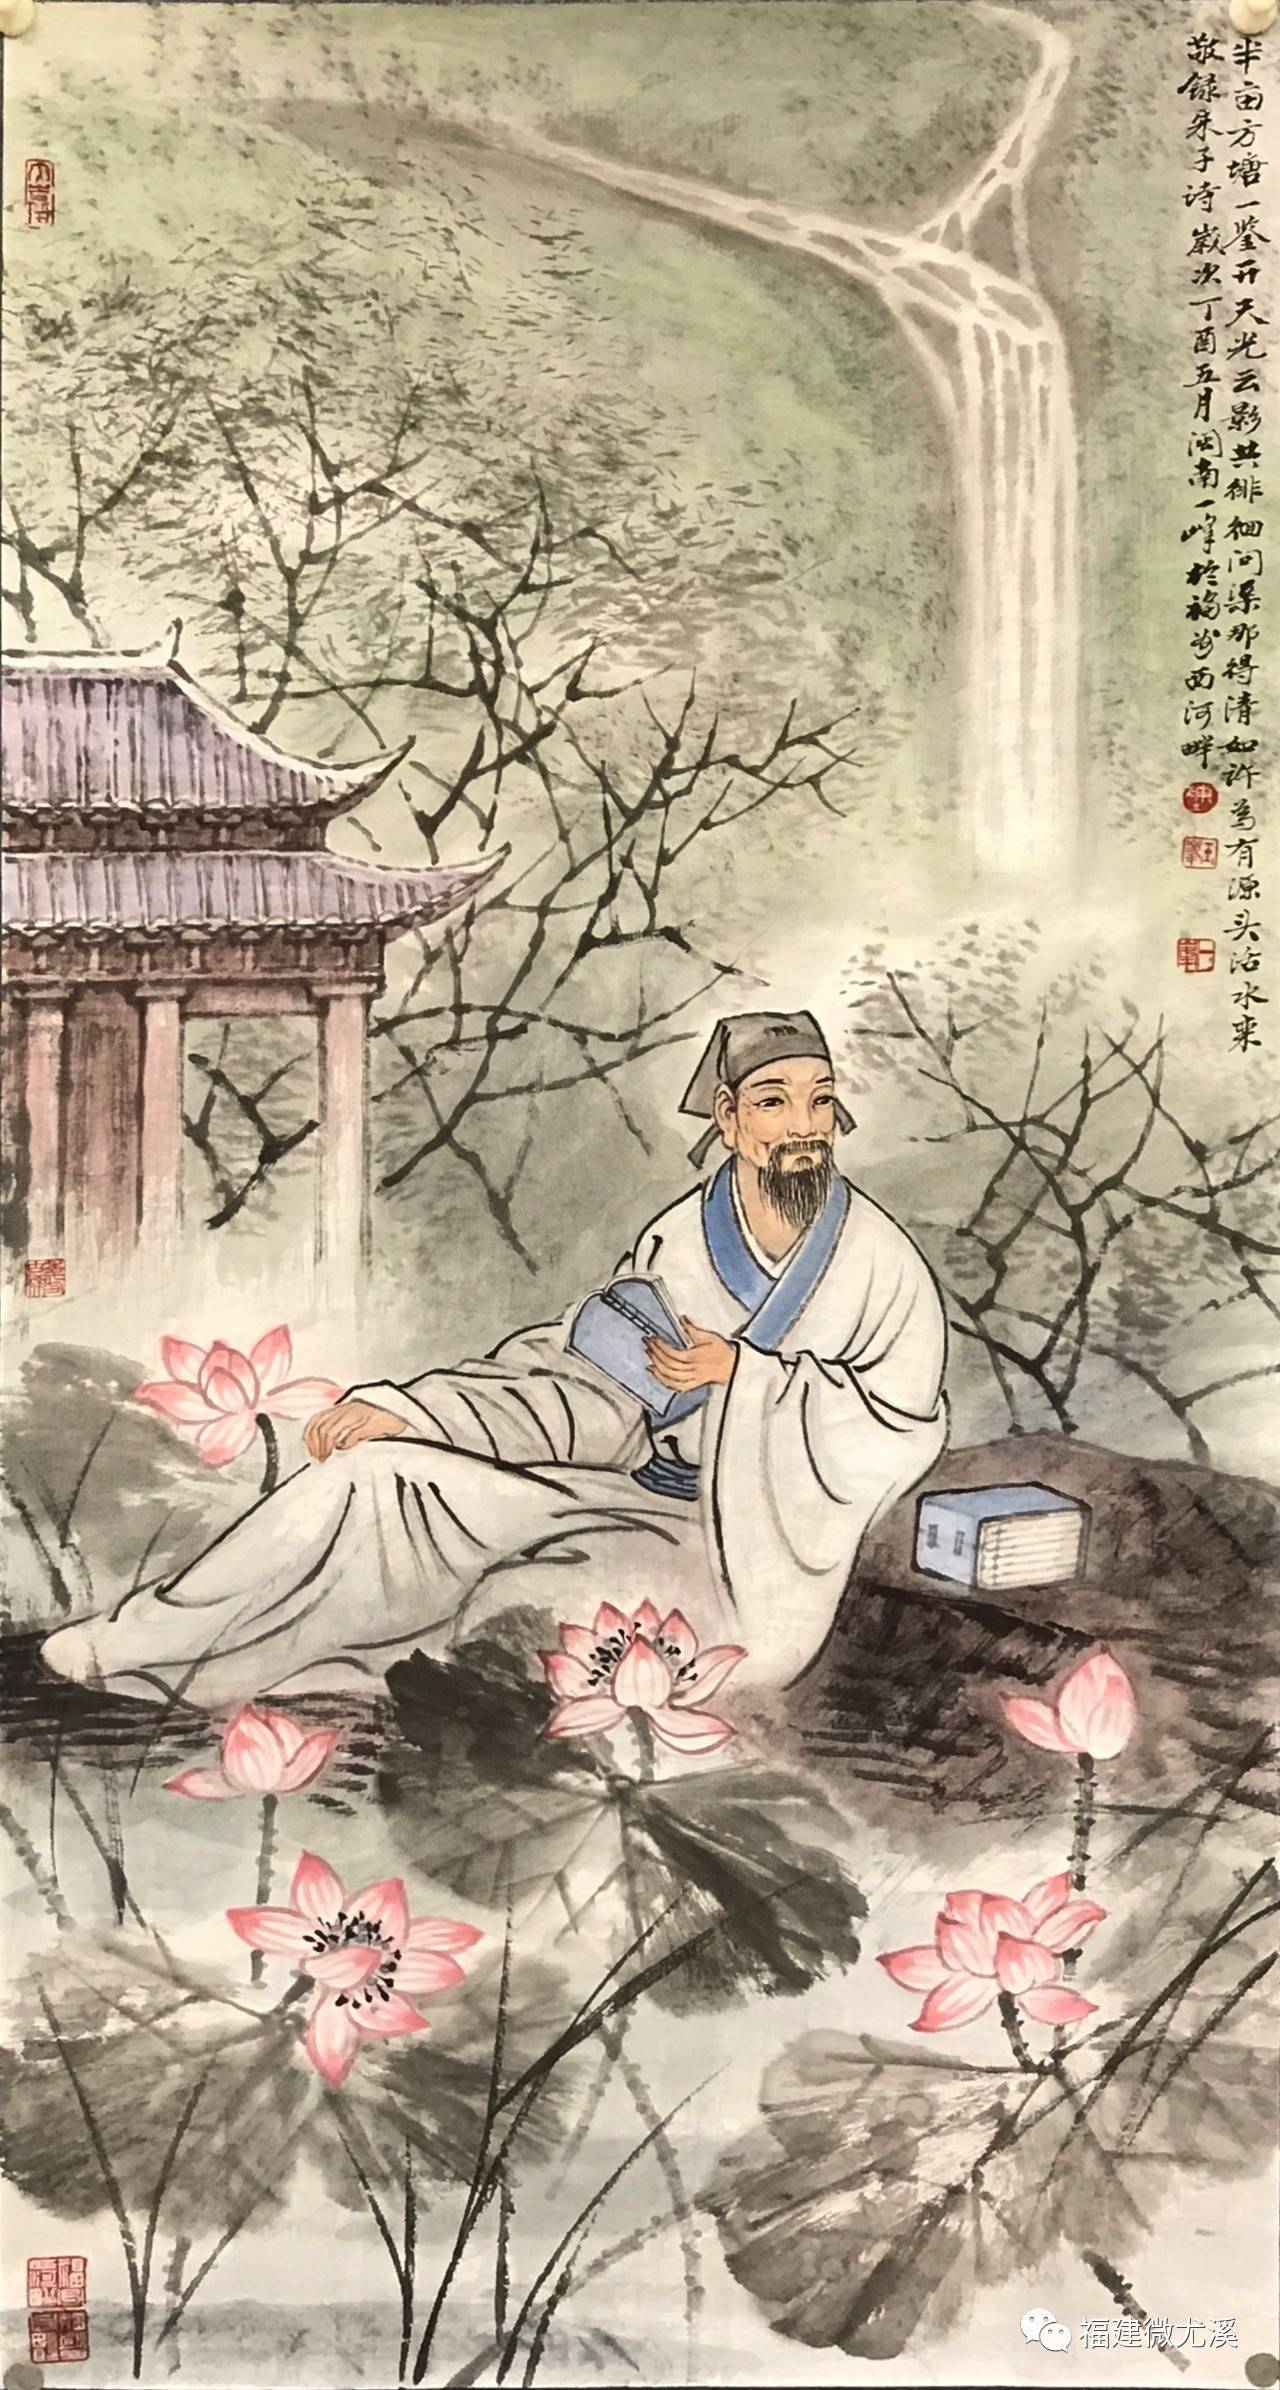
半亩方塘一鉴开，天光云影共徘徊。